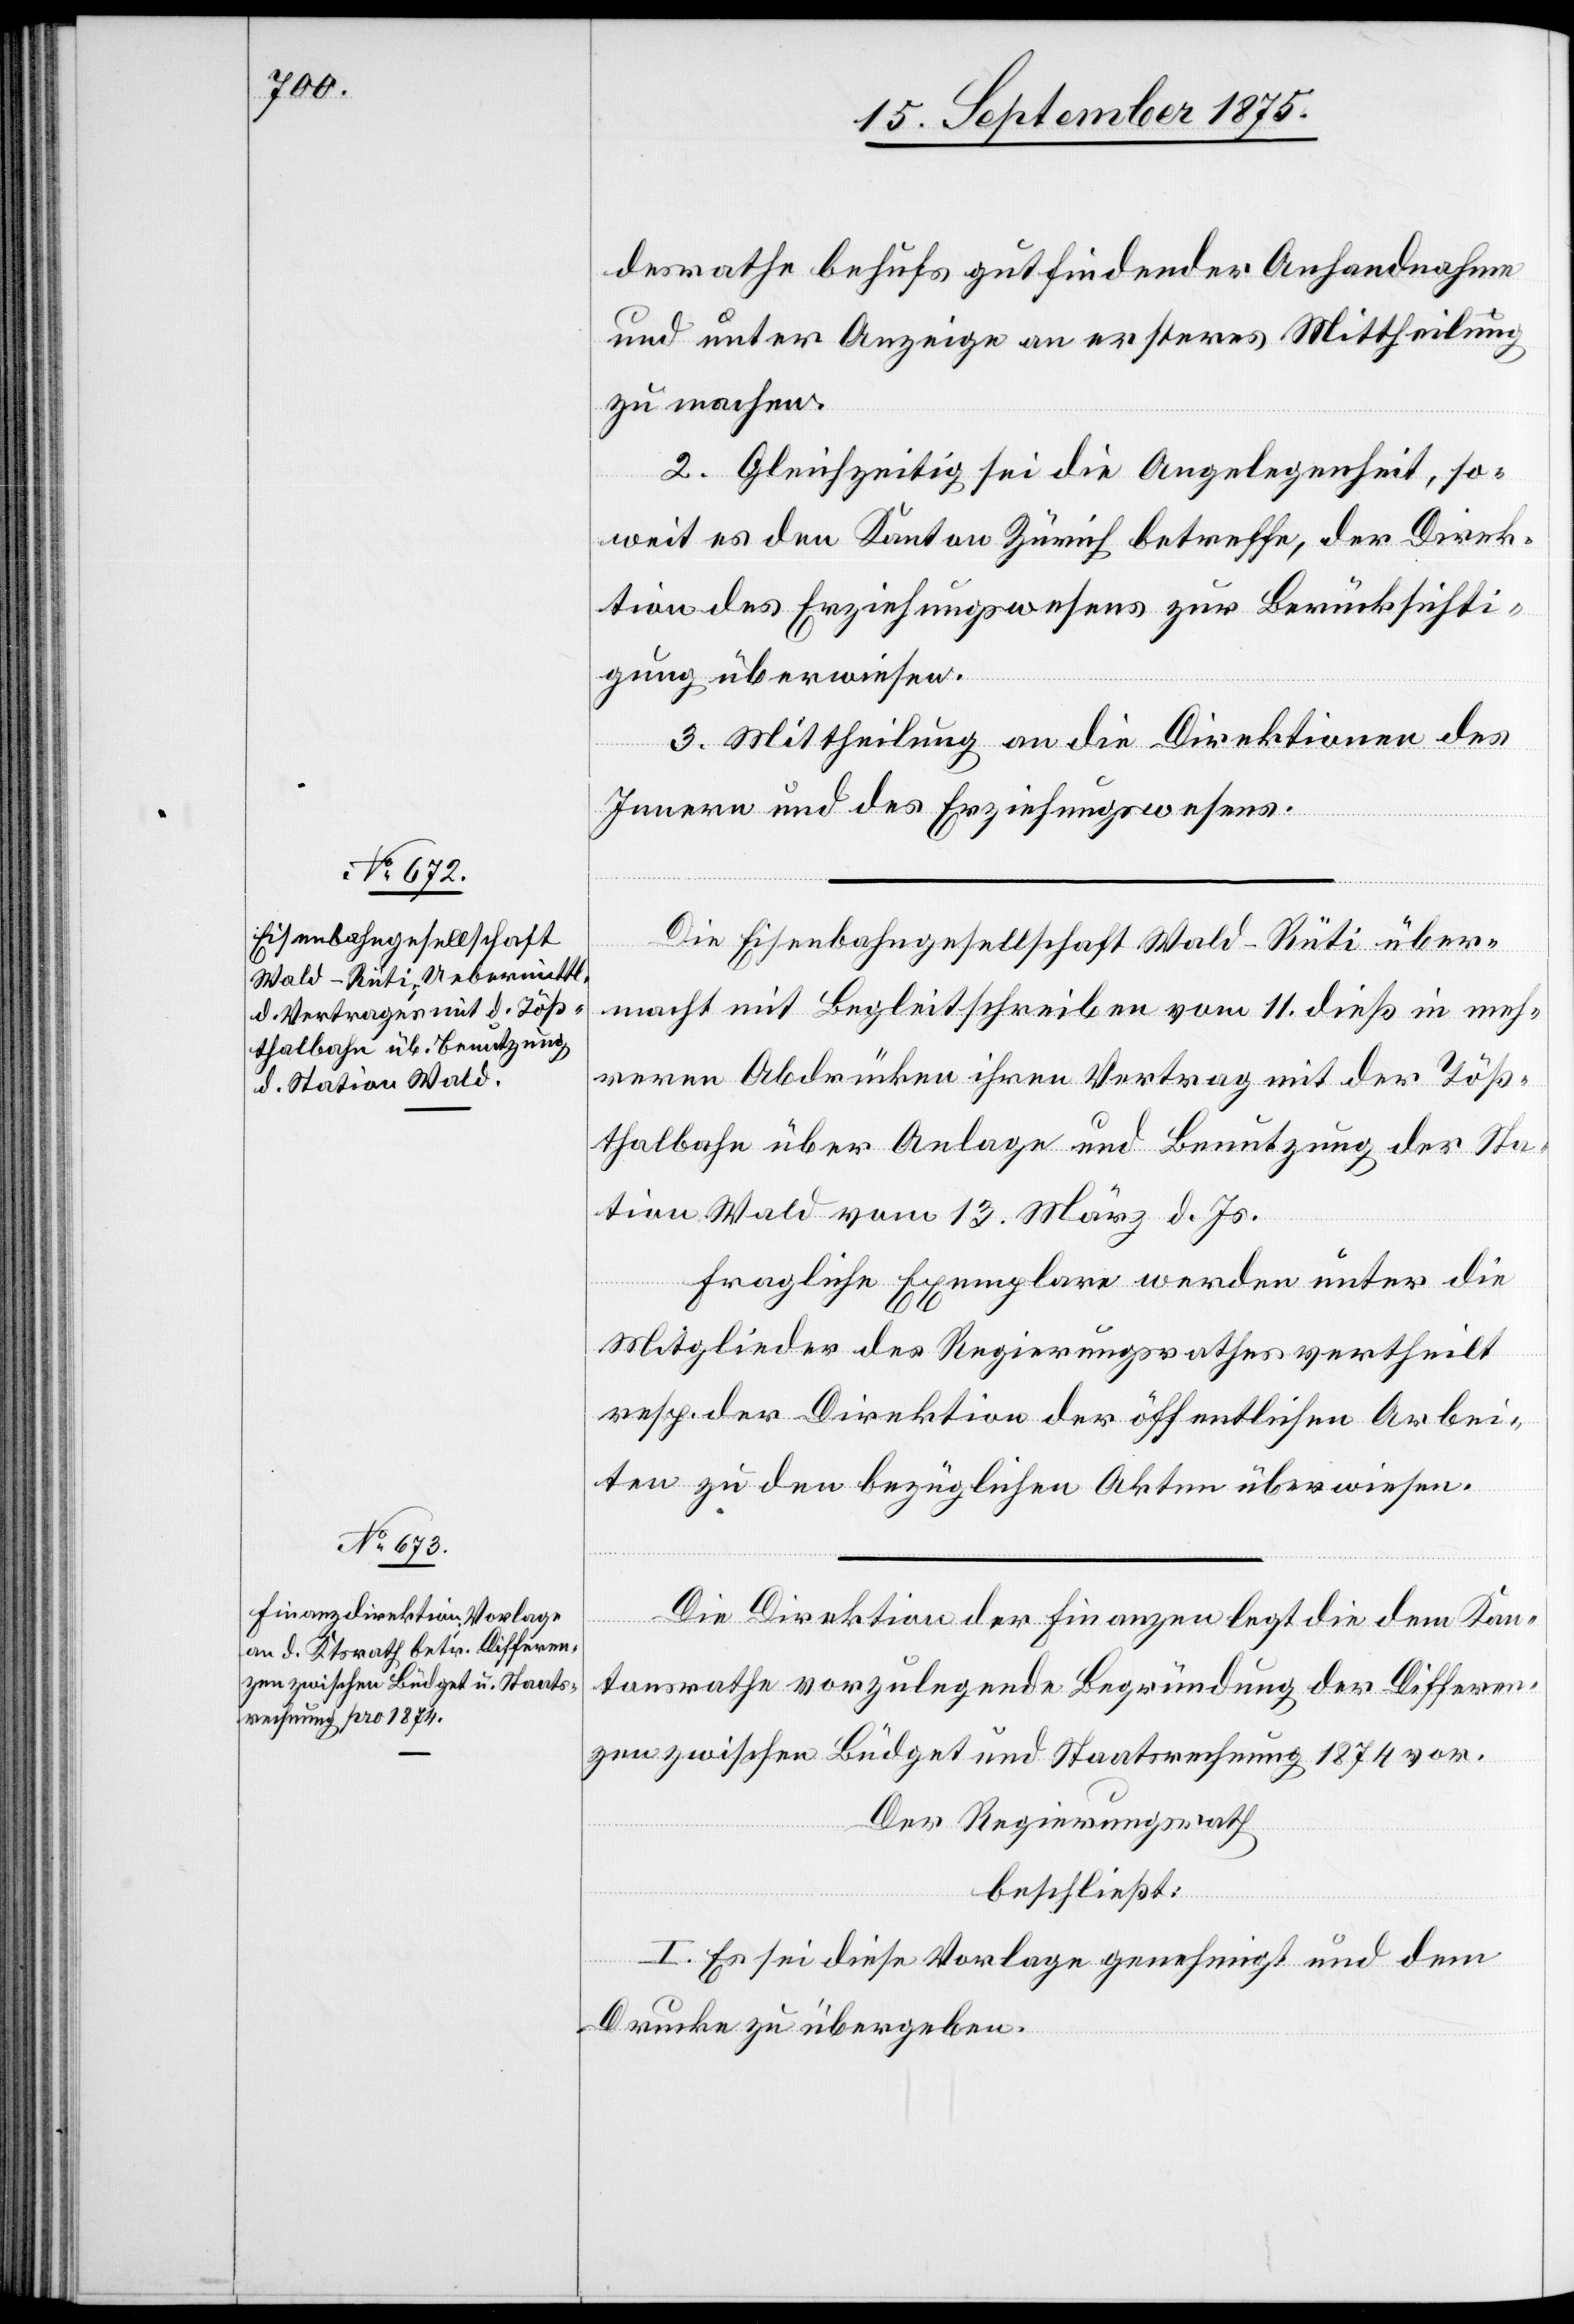
desrathe behufs gutfindender Anhandnahme
und unter Anzeige an ersteres Mittheilung
zu machen.
2. Gleichzeitig sei die Angelegenheit, so¬
weit es den Kanton Zürich betreffe, der Direk¬
tion des Erziehungswesens zur Berücksichti¬
gung überwiesen.
3. Mittheilung an die Direktionen des
Innern und des Erziehungswesens.
Die Eisenbahngesellschaft Wald–Rüti über¬
macht mit Begleitschreiben vom 11. dieß in meh¬
reren Abdrücken ihren Vertrag mit der Töß¬
thalbahn über Anlage und Benutzung der Sta¬
tion Wald vom 13. März d. Js.
Fragliche Exemplare werden unter die
Mitglieder des Regierungsrathes vertheilt
resp. der Direktion der öffentlichen Arbei¬
ten zu den bezüglichen Akten überwiesen.
Die Direktion der Finanzen legt die dem Kan¬
tonsrathe vorzulegende Begründung der Differen¬
zen zwischen Büdget und Staatsrechnung 1874 vor.
Der Regierungsrath
beschließt:
I. Es sei diese Vorlage genehmigt und dem
Drucke zu übergeben.